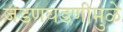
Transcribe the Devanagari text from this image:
जडणघडणीमुळे